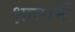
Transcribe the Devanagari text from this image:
क्षारधर्मी